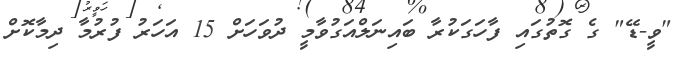
"ވީ-ޑޭ" ގެ ގޮތުގައި ފާހަގަކުރާ ބައިނަލްއަގުވާމީ ދުވަހަށް 15 އަހަރު ފުރުމާ ދިމާކޮށް